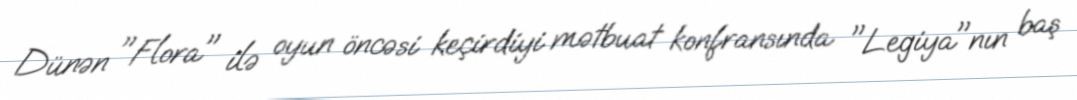
Dünən "Flora" ilə oyun öncəsi keçirdiyi mətbuat konfransında "Legiya"nın baş